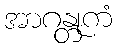
အာဂန္တုကံ